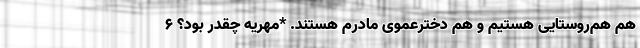
هم هم‌روستایی هستیم و هم دخترعموی مادرم هستند. *مهریه چقدر بود؟ ۶